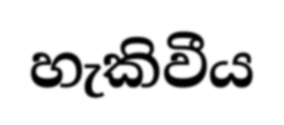
හැකිවීය